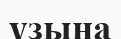
үзына